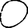
Digit: 0